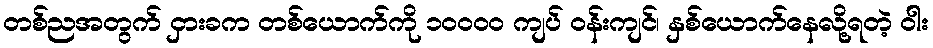
တစ်ညအတွက် ငှားခက တစ်ယောက်ကို ၁၀၀၀၀ ကျပ် ဝန်းကျင်၊ နှစ်ယောက်နေလို့ရတဲ့ ဝါး